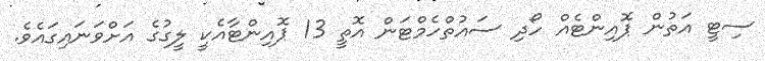
ސިޓީ އަތުން ޕޮއިންޓެއް ހޯދި ސައުތްހެމްޓަން އޮތީ 13 ޕޮއިންޓާއެކީ ލީގުގެ އަށްވަނައިގައެވެ.